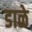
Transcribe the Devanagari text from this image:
डाळे